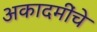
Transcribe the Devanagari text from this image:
अकादमींचे